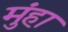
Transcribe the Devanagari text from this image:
मुंहा